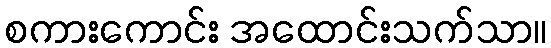
စကားကောင်း အထောင်းသက်သာ။